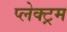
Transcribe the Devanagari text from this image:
प्लेक्ट्रम